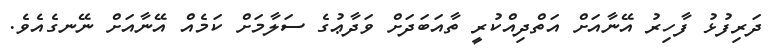
ދަރިފުޅު ފާހިރު އޭނާއަށް އަތްދިއްކުރީ ތާއަބަދަށް ވަދާޢުގެ ސަލާމަށް ކަމެއް އޭނާއަށް ނޭނގެއެވެ.